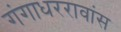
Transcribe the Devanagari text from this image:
गंगाधररावांस